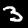
Label: 3